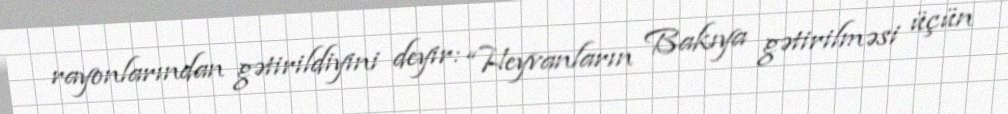
rayonlarından gətirildiyini deyir: “Heyvanların Bakıya gətirilməsi üçün